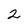
Character: 2